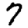
Digit: 7